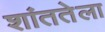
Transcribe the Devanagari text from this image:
शांततेला